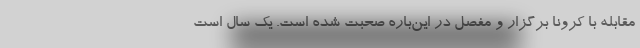
مقابله با کرونا برگزار و مفصل در این‌باره صحبت شده است. یک سال است